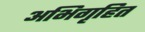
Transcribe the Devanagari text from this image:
अभिगृहित